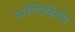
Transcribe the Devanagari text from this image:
मनौविक्षिप्ति